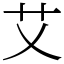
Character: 艾